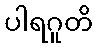
ပါရဂူတိ